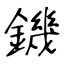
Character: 鐖